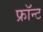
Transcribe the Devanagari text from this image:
फ्रॉन्ट